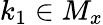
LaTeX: k_{1}\in M_{x}